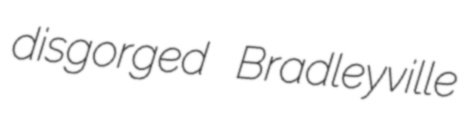
disgorged Bradleyville